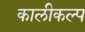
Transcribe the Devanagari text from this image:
कालीकल्प